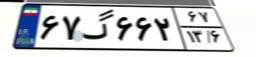
۰۵گ۹۱۰۶۵